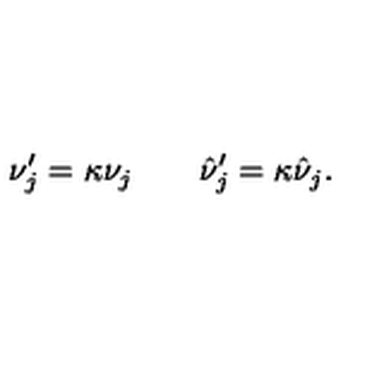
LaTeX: \nu _ { j } ^ { \prime } = \kappa \nu _ { j } \quad \quad \hat { \nu } _ { j } ^ { \prime } = \kappa \hat { \nu } _ { j } .